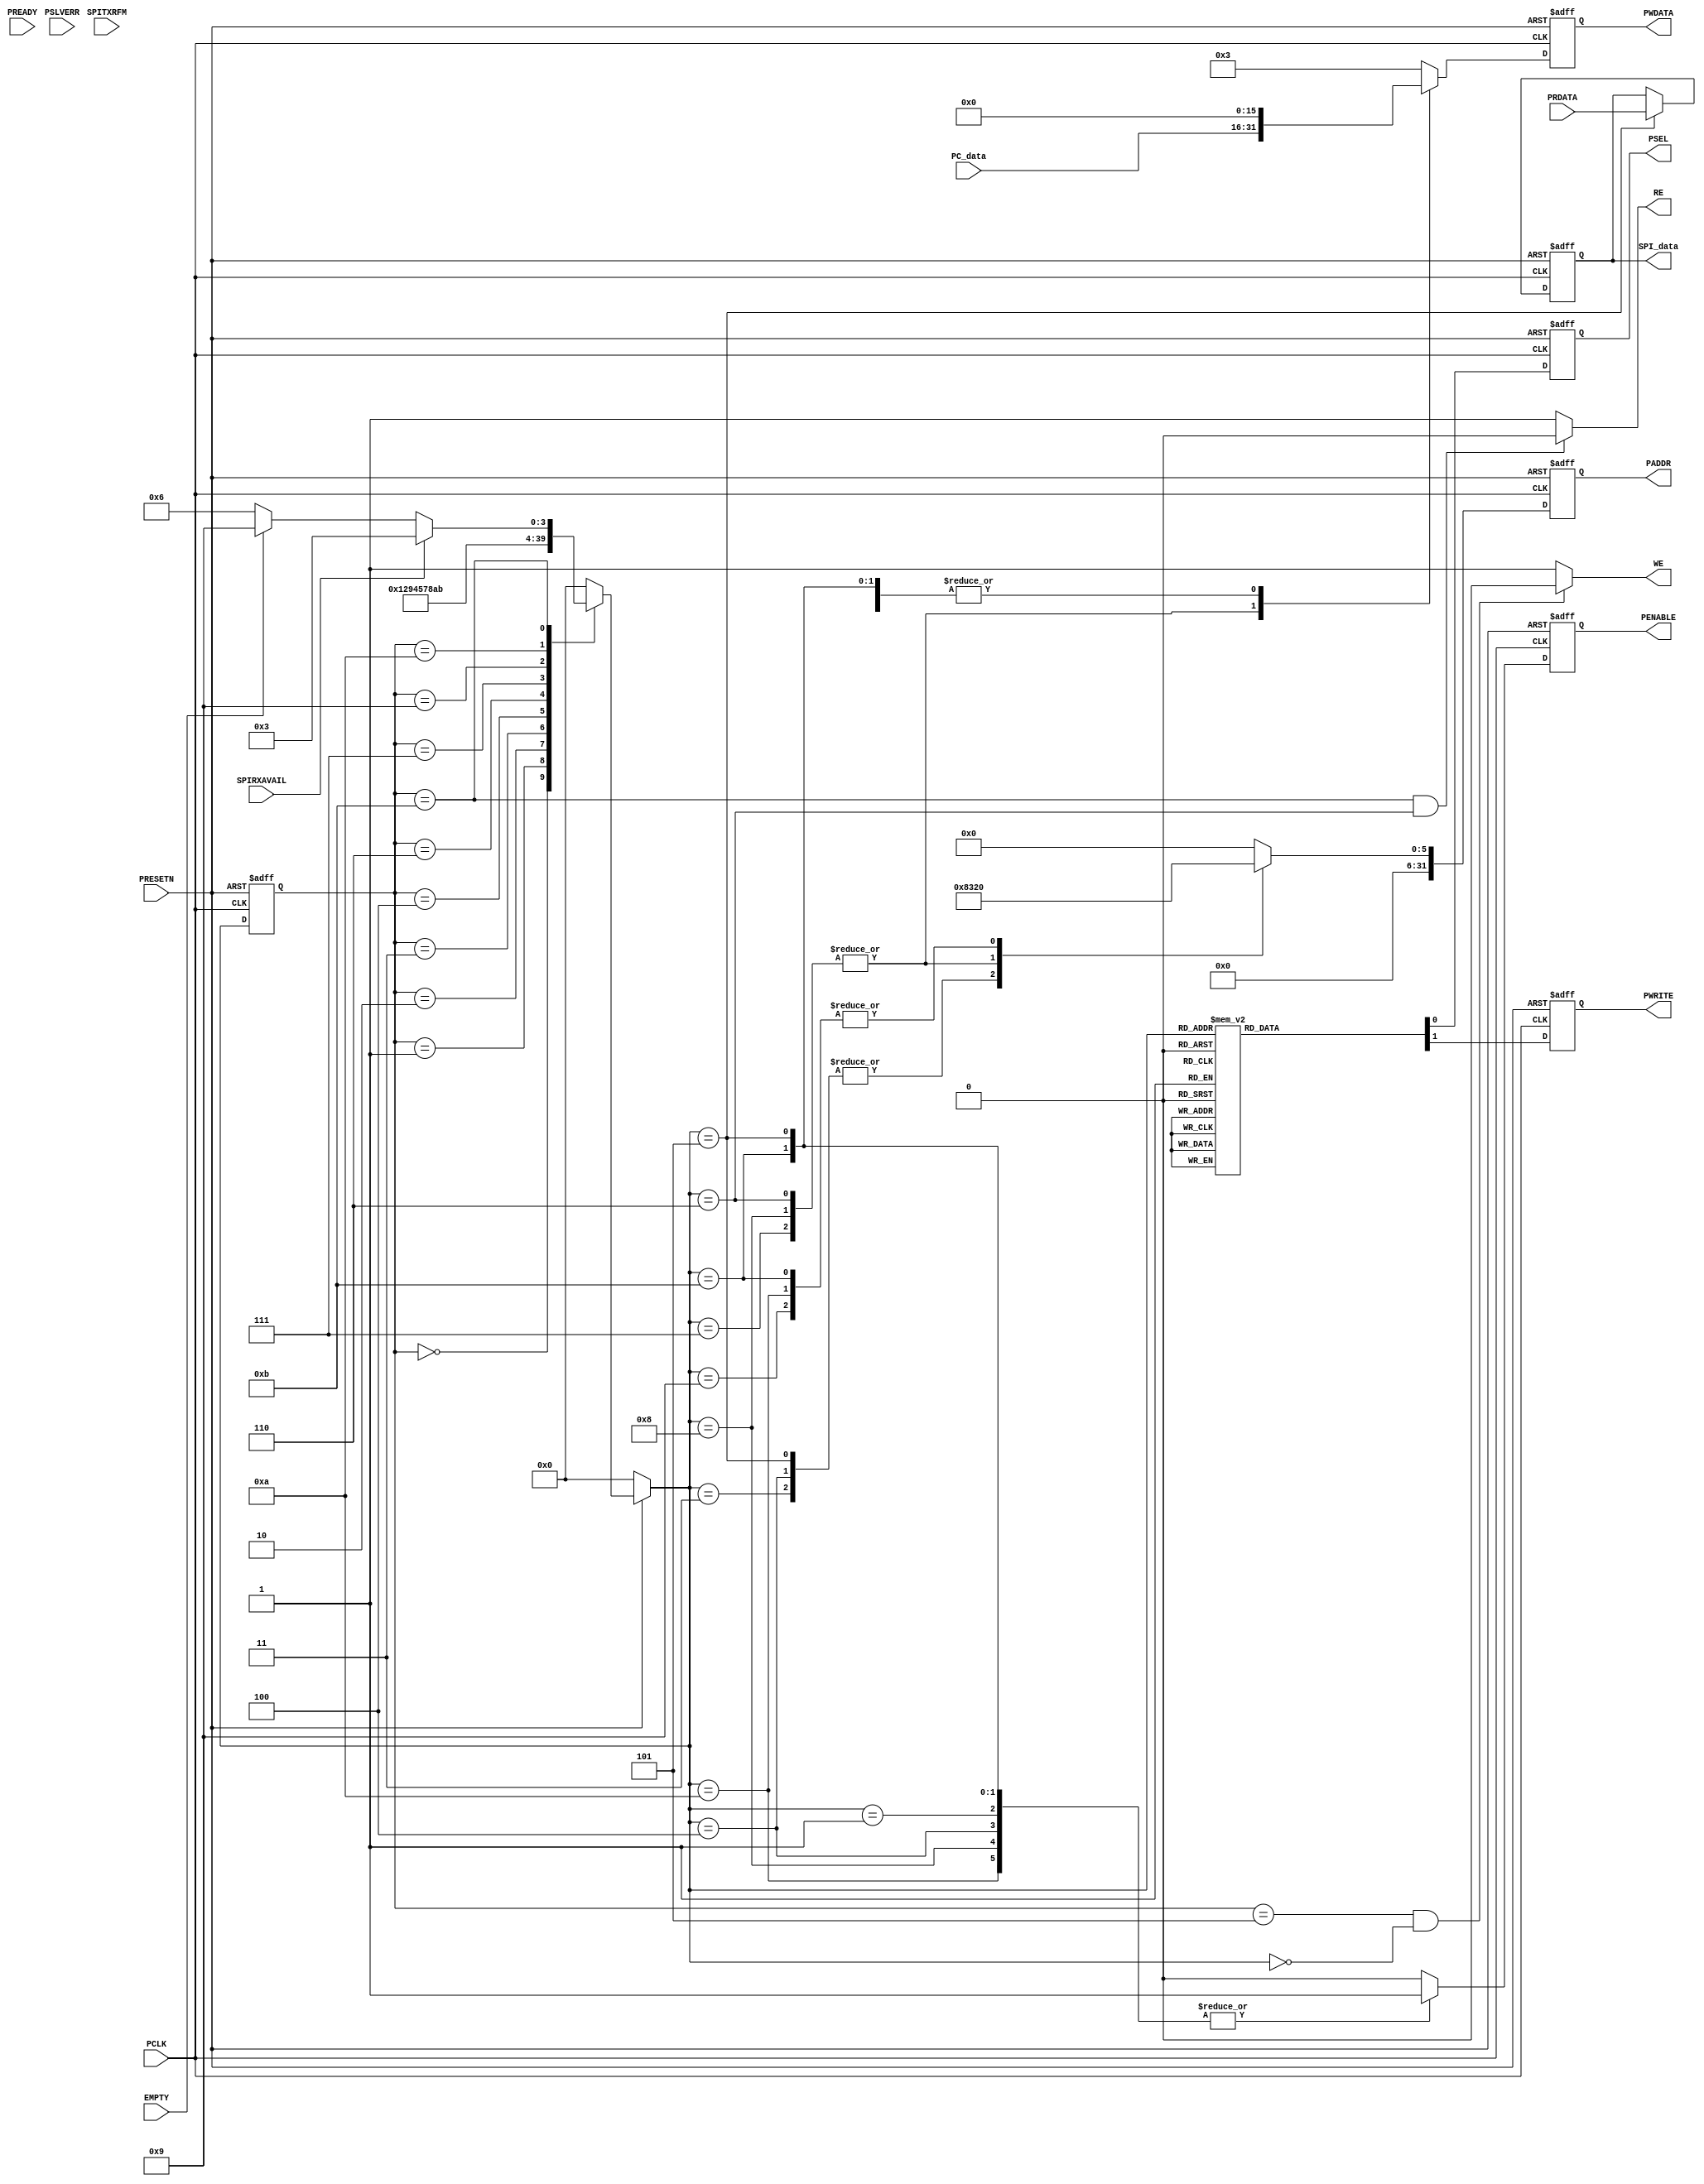
module SPI_master( input PCLK,
                   input PRESETN,
                   input PREADY,
                   input PSLVERR,
                   input [15:0]PRDATA,
                   input [15:0]PC_data,
                   input SPIRXAVAIL,
                   input SPITXRFM,
                   input EMPTY,
                   output reg PSEL,
                   output reg PENABLE,
                   output reg PWRITE,
                   output reg[15:0]PWDATA,
                   output reg[31:0]PADDR,
                   output reg[15:0]SPI_data,
                   output wire WE,
                   output wire RE);

//<statements>
assign WE = ((current_state == S5)&(next_state == S0))?1'b0:1'b1;
assign RE = ((current_state == S11)&(next_state == S6))?1'b0:1'b1;

parameter CONTROL   = 7'h00,
          INTCLEAR  = 7'h04,
          RXDATA    = 7'h08,
          TXDATA    = 7'h0C,
          INTMASK   = 7'h10,
          INTRAW    = 7'h14,
          CONTROL2  = 7'h18,
          COMMAND   = 7'h1C,
          STAT      = 7'h20,
          SSEL      = 7'h24,
          TXDATA_LAST   = 7'h28,
          CLK_DIV   = 7'h2C;

parameter S0 = 4'd0,    //initial the coreSPI
          S1 = 4'd1,
          S2 = 4'd2,
          S3 = 4'd3,    //read data from RX FIFO   
          S4 = 4'd4,
          S5 = 4'd5,
          S6 = 4'd6,    //transfer data to TX FIFO
          S7 = 4'd7,
          S8 = 4'd8,
          S9 = 4'd9,    //read the fifo state
          S10 = 4'd10,
          S11 = 4'd11;

reg [3:0]current_state,next_state;
reg [7:0]ST;

always@(posedge PCLK or negedge PRESETN)
begin
    if(!PRESETN)
        current_state <= S0;
    else
        current_state <= next_state;
end

always@*
begin
    if(!PRESETN)
        next_state <= S0;
    else
        case(current_state)
            S0: next_state <= S1;
            S1: next_state <= S2;
            S2: next_state <= S9;

            S3: next_state <= S4;
            S4: next_state <= S5;
            S5: next_state <= S0;

            S6: next_state <= S7;
            S7: next_state <= S8;
            S8: next_state <= S0;

            S9: next_state <= S10;
            S10: next_state <= S11;
            //S11: next_state <= S9;
            S11: next_state <= SPIRXAVAIL? S3:
                               !EMPTY ? S6:S9;
            default: next_state <= S0;
        endcase
end

always@(posedge PCLK or negedge PRESETN)
begin
    if(!PRESETN) begin
        PADDR <= CONTROL;
        PWDATA <= 8'h03;
    end

    else
        case(next_state)
            S0,S1,S2: begin
                PADDR <= CONTROL;
                PWDATA <= 8'h03;
            end

            S3,S4,S5: begin
                PADDR <= RXDATA;
                PWDATA <= 8'h00;
            end

            S6,S7,S8: begin
                PADDR <= TXDATA;
                PWDATA <= PC_data;
            end

            S9,S10,S11: begin
                PADDR <= STAT;
                PWDATA <= 8'h00;
            end

            default: begin
                PADDR <= CONTROL;
                PWDATA <= 8'h03;
            end
        endcase
end

always@(posedge PCLK or negedge PRESETN)
begin
    if(!PRESETN) begin
        PSEL <= 1'b0;
        PWRITE <= 1'b0;
    end

     else
        case(next_state)
        S0,S1,S6,S7,S8: begin
            PSEL <= 1'b1;
            PWRITE <= 1'b1;
        end

        S3,S4,S9,S10: begin
            PSEL <= 1'b1;
            PWRITE <= 1'b0;
        end
        
        default: begin
            PSEL <= 1'b0;
            PWRITE <= 1'b0;
        end
        endcase
end

always@(posedge PCLK or negedge PRESETN)
begin
    if(!PRESETN) begin
        PENABLE <= 1'b0;
        SPI_data <= 8'h00;
        ST <= 0;
    end

    else
        case(next_state)
        S1,S4,S8,S10: begin
            PENABLE <= 1'b1;
            SPI_data <= SPI_data;
            ST <= 0;
        end
        
        S5: begin
            PENABLE <= 1'b1;
            SPI_data <= PRDATA;
            ST <= 0;
        end

        S11: begin
            PENABLE <= 1'b1;
            SPI_data <= SPI_data;
            ST <= (PRDATA & 8'h04);
        end

        default: begin
            PENABLE <= 1'b0;
            SPI_data <= SPI_data;
            ST <= 0;
        end
        endcase
end

endmodule